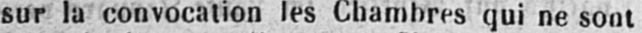
sur la convocation les Chambres qui ne sont